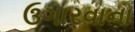
ઉગારવાના